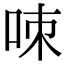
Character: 𠲋